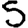
Digit: 5